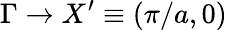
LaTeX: \Gamma\rightarrow X^{\prime}\equiv(\pi/a,0)